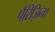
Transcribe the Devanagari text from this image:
पैरिज़िना